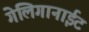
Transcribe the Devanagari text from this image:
गेलिगानाईट